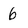
Character: b